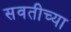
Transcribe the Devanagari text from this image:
सवतीच्या